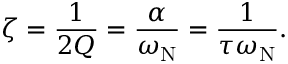
\zeta = { \frac { 1 } { 2 Q } } = { \frac { \alpha } { \omega _ { \mathrm { N } } } } = { \frac { 1 } { \tau \omega _ { \mathrm { N } } } } .